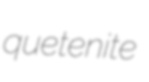
quetenite